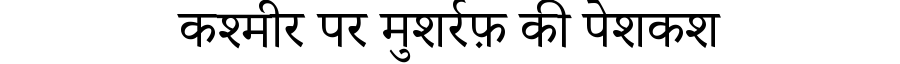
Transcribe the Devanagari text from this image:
कश्मीर पर मुशर्रफ़ की पेशकश